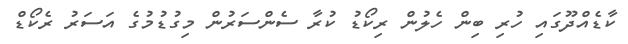
ކާޑެއްދޫގައި ހުރި ބިން ހެލުން ރިކޯޑު ކުރާ ސެންސަރުން މިގުޑުމުގެ އަސަރު ރެކޯޑް